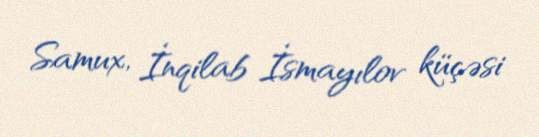
Samux, İnqilab İsmayılov küçəsi